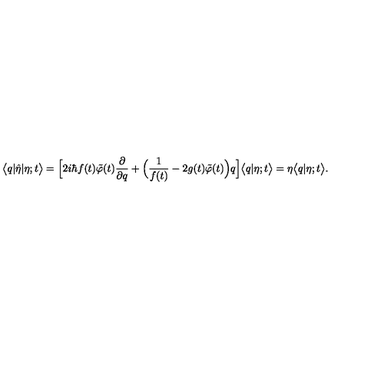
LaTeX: \bigl < q | \hat { \eta } | \eta ; t \bigr > = \Bigl [ 2 i \hbar f ( t ) \tilde { \varphi } ( t ) \frac { \partial } { \partial q } + \Bigl ( \frac { 1 } { f ( t ) } - 2 g ( t ) \tilde { \varphi } ( t ) \Bigr ) q \Bigr ] \bigl < q | \eta ; t \bigr > = \eta \bigl < q | \eta ; t \bigr > .